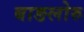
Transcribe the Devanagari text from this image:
बाङलोरु